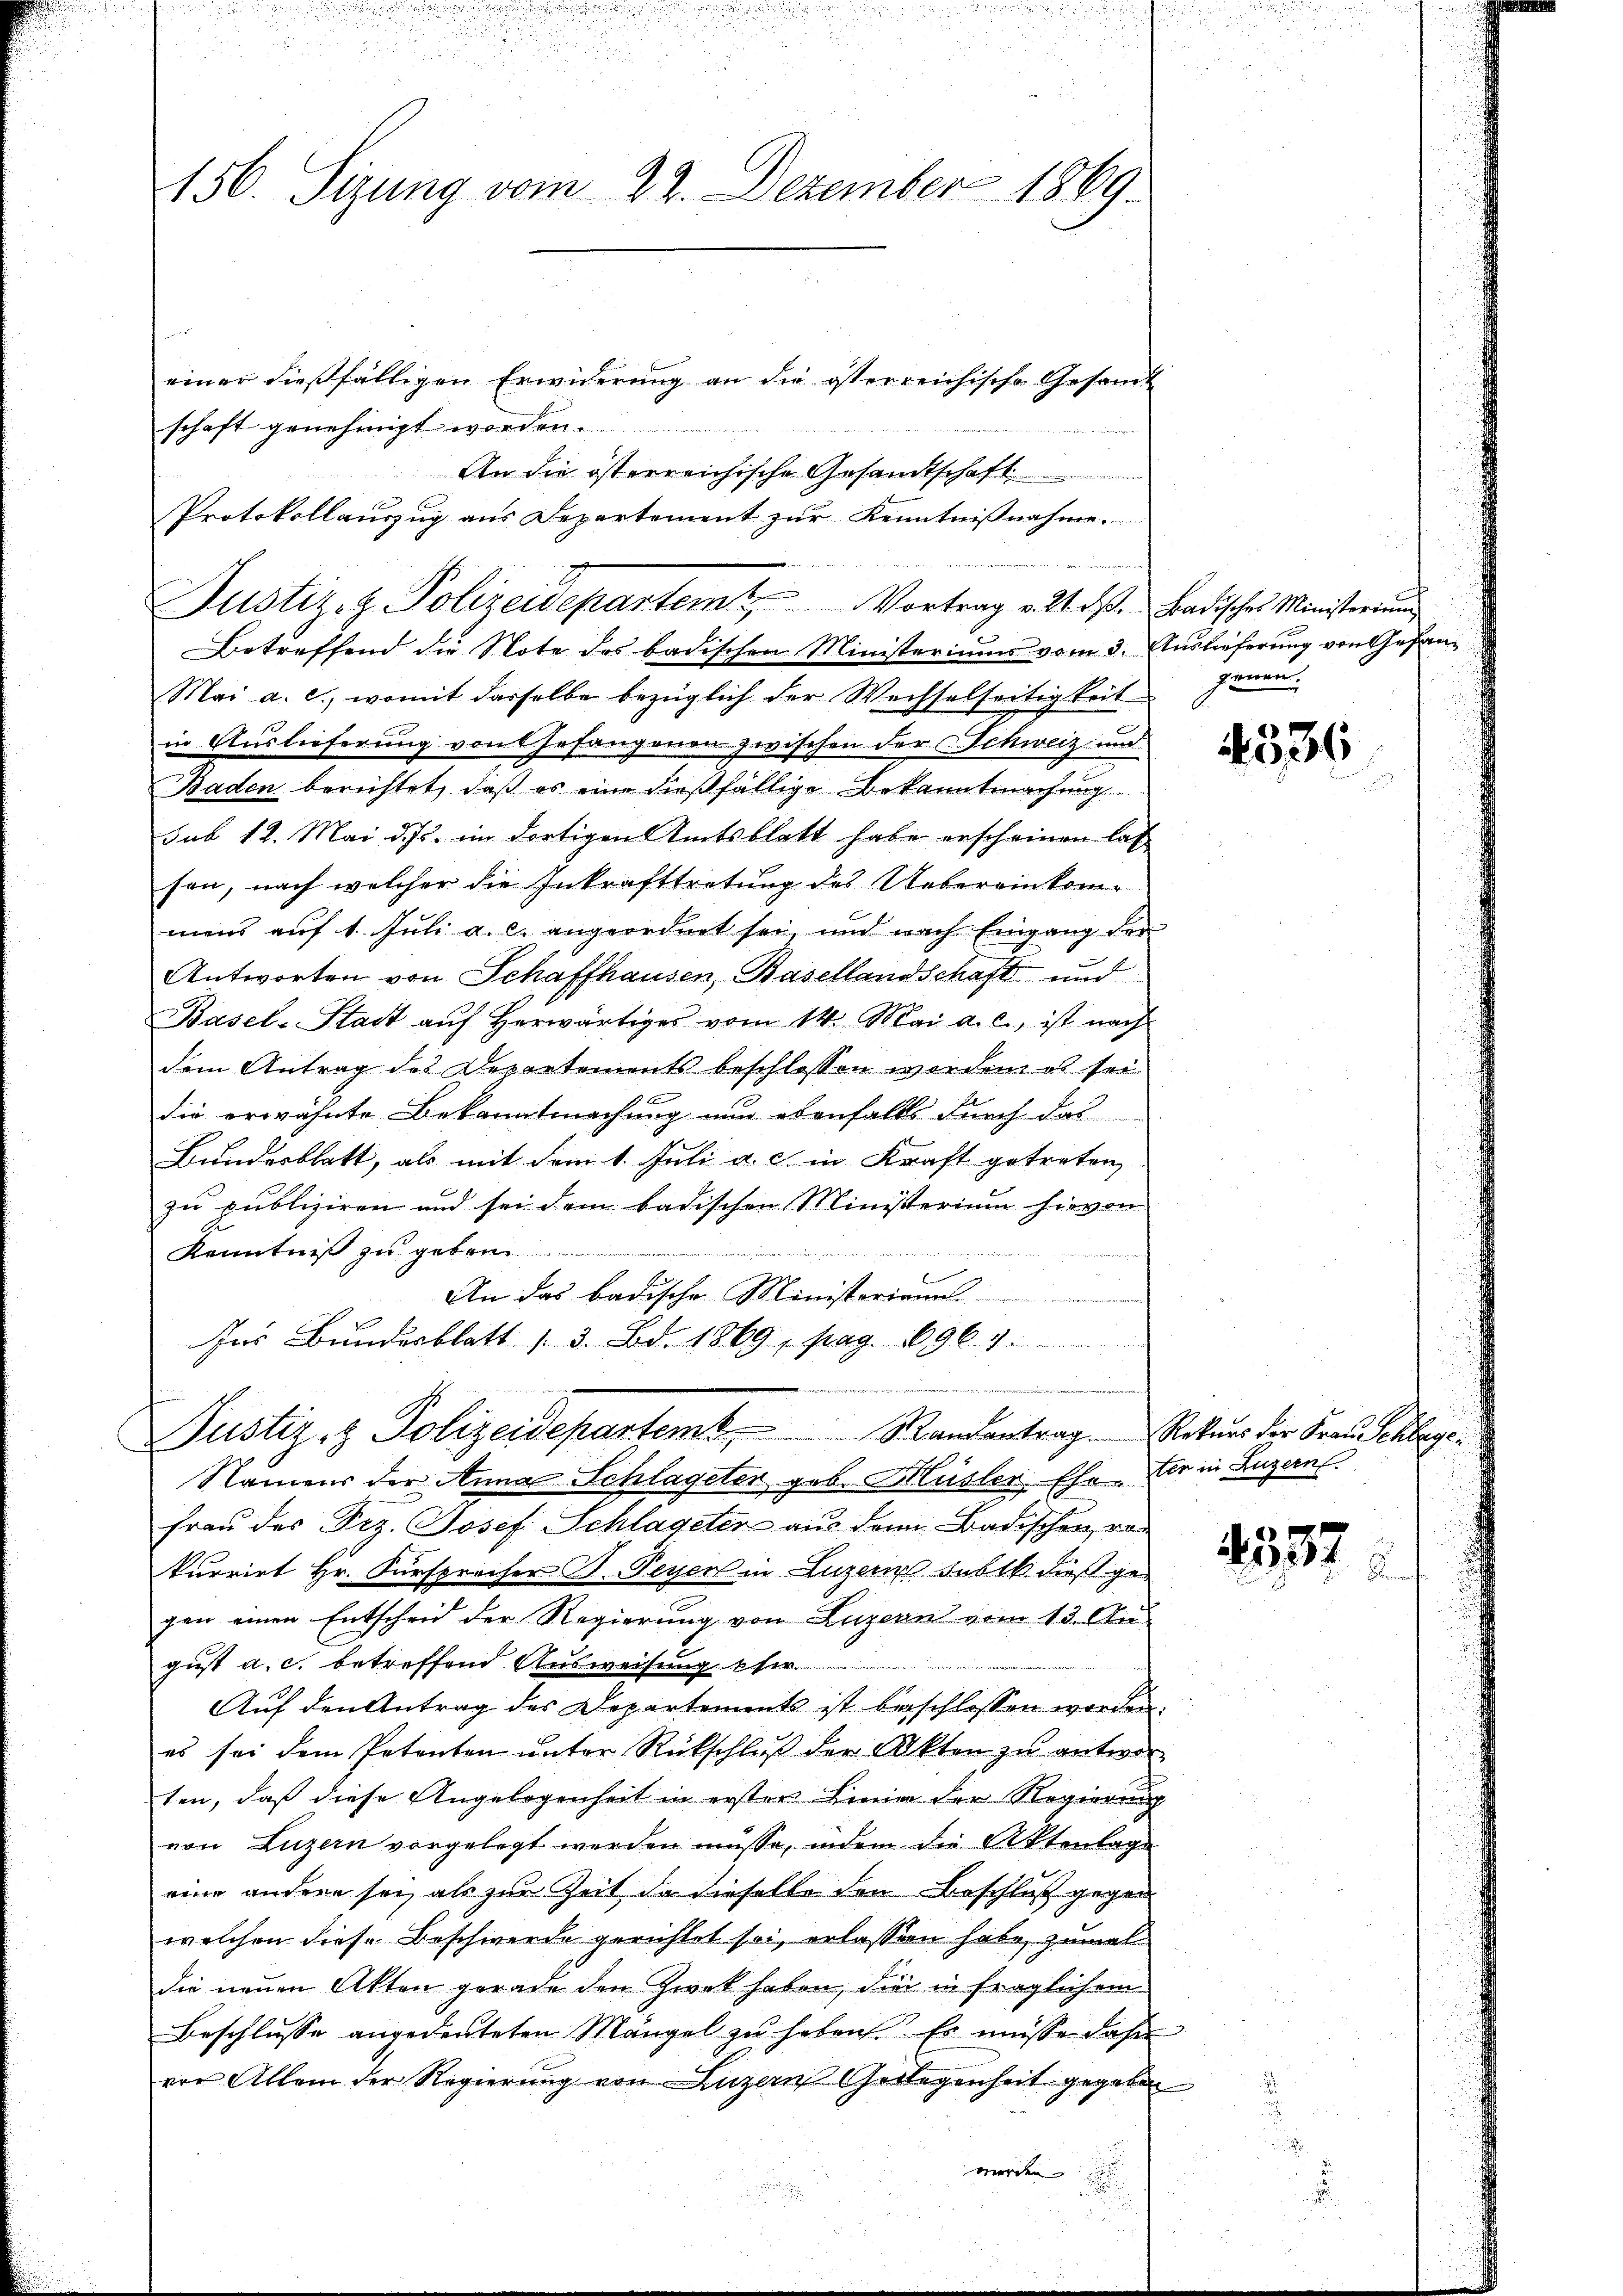
156. Sizung vom 22. Dezember 1869.

einer dießfälligen Erwiderung an die österreichische Gesamt
schaft genehmigt worden.
An die österreichische Gesandtschaft
Betreffend die Note des badischen Ministeriums vom 3. Auslieferung von Gefan¬
Mai a. c., womit dasselbe bezüglich der Wechselseitigkeit
in Auslieferung von Gefangenen zwischen der Schweiz und
Baden berichtet, daß es eine dießfällige Bekanntmachung
sub 12. Mai d. Js. im dortigen Amtsblatt habe erscheinen las
sen, nach welcher die Inkrafttretung des Uebereinkommens auf 1. Juli a. c. angeordnet sei, und nach Eingang der
Antworten von Schaffhausen, Basellandschaft und
Basel-Stadt aŭf herwärtiges vom 14. Mai a. c., ist nach
dem Antrag des Departements beschlossen worden, ob sei
die erwähnte Bekanntmachung nun ebenfalls durch das
Bundesblatt, als mit dem 1. Juli a. c. in Kraft getreten,
zu publiziren und sei dem badischen Ministerium hievon
Kenntniß zu geben

An das badische Ministerian.
Ins Bundesblatt 13. Bd. 1869, pag. 6964.
4
Justiz- & Polizeidepartemb. Randantrag Rekurs der Frau Schlege¬
Namens der Anna Schlageter geb. Müsler Ehe. Er in Luzern.
Frau der Frz. Josef Schlageter aus dem Badischen, von
kurrirt Hr. Fürsprocher B. Peyer in Luzern subt dieß gegen einen Entscheid der Regierung von Luzern vom 13. Aus
gust a. c. betreffend Ausweisung her
Aŭf den Antrag des Departements ist beschlossen worden.
es sei dem Petenten unter Rückschluß der Akten zu antworten, daß diese Angelegenheit in ersten Linie der Regierung
von Luzern vorgelegt werden müsse, indem die Aktenlage
eine andere sei, als zur Zeit da dieselbe den Beschluß gegen
welchen diese Beschwerde gerichtet sei, erlassen habe, zumal
die neuen Akten gerade den Zwek haben, die in fraglichem
Beschlusse angedeuteten Mängel zu haben. Es müsse daher
vor Allem der Regierung von Luzern Gelegenheit gegeben
werden

Protokollauszug aus Departement zur Kenntnisnahme.
h
Justiz- & Polizeidepartemt Vortrag v. 24. ds. Badisches Ministerium

genen.

4536

4557